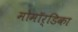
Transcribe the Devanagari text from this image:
मोमॉर्डिका